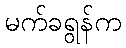
မက်ခရွန်က